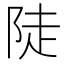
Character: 陡